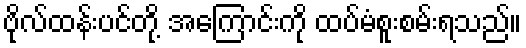
ဗိုလ်ထန်းပင်တို့ အကြောင်းကို ထပ်မံစူးစမ်းရသည်။